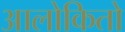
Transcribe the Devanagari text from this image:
आलोकितो